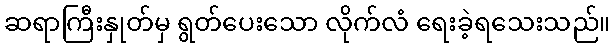
ဆရာကြီးနှုတ်မှ ရွတ်ပေးသော လိုက်လံ ရေးခဲ့ရသေးသည်။